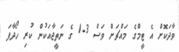
ވާދަކޮށް އެ ޓީމްގެ މައްޗަށް ވަސް 3-1 ގެ ނަތީޖާއަކުން ކުރި ހޯދާފަ